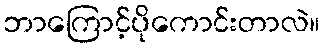
ဘာကြောင့်ပိုကောင်းတာလဲ။